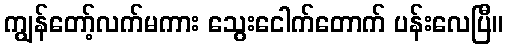
ကျွန်တော့်လက်မကား သွေးငေါက်တောက် ပန်းလေပြီ။